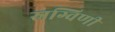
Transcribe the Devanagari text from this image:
स्रग्विणी